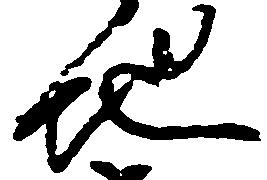
地